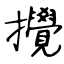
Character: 攪